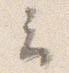
云